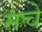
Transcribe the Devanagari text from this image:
मचे